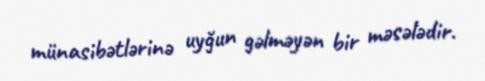
münasibətlərinə uyğun gəlməyən bir məsələdir.